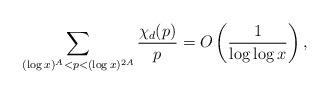
LaTeX: \begin{align*} \sum_{(\log x)^A<p< (\log x)^{2A}}\frac{\chi_d(p)}{p}=O\left(\frac{1}{\log\log x}\right), \end{align*}